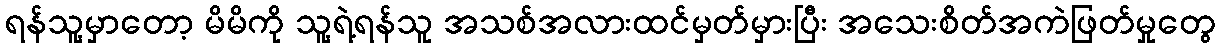
ရန်သူ့မှာတော့ မိမိကို သူ့ရဲ့ရန်သူ အသစ်အလားထင်မှတ်မှားပြီး အသေးစိတ်အကဲဖြတ်မှုတွေ